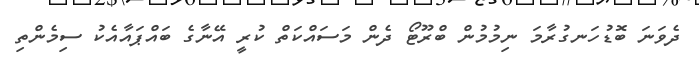
ދެވަނަ ބޮޑުހަނގުރާމަ ނިމުމުން ބްރޫޓޯ ދެން މަސައްކަތް ކުރީ އޭނާގެ ބައްޕައާއެކު ސިމެންތި